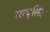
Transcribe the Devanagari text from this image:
साधुसिंह